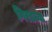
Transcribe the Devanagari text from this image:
गिरडच्या